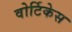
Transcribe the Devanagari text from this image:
वोर्टिकेस